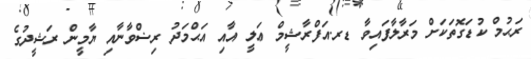
ރަޙުމް ކުޑަގޮތަކަށް މަރާލާފައިވާ ޑރ.އަފްރާޝީމް ޢަލީ އާއި އަޙްމަދު ރިޟްވާނާއި ޔާމީން ރަޝީދުގެ